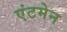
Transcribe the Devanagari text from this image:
एंटमेन